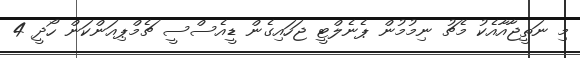
މި ނަތީޖާއާއެކު މެޗު ނިމުމުން ޕެނެލްޓީ ޖަހައިގެން ޑީއެސްސީ ޗެމްޕިއަންކަން ހޯދީ 4